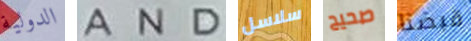
الدولية AND سلاسل صحيح قبضنا